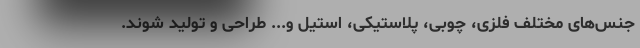
جنس‌های مختلف فلزی، چوبی، پلاستیکی، استیل و... طراحی و تولید شوند.